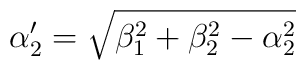
\alpha'_{2}=\sqrt{\beta_{1}^{2}+\beta_{2}^{2}-\alpha_{2}^{2}}